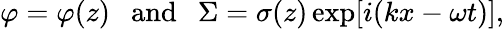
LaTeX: \varphi=\varphi(z)\ \ \ \mathrm{and}\ \ \ \Sigma=\sigma(z)\exp[i(kx-\omega t)],